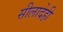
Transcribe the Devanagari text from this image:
सीलादेही